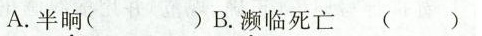
A.半晌( )B.濒临死亡( ).